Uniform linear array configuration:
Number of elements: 16
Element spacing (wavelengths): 0.5
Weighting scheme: exponential
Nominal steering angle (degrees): -60
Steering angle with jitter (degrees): -58.043
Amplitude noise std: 0.05
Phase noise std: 0.05

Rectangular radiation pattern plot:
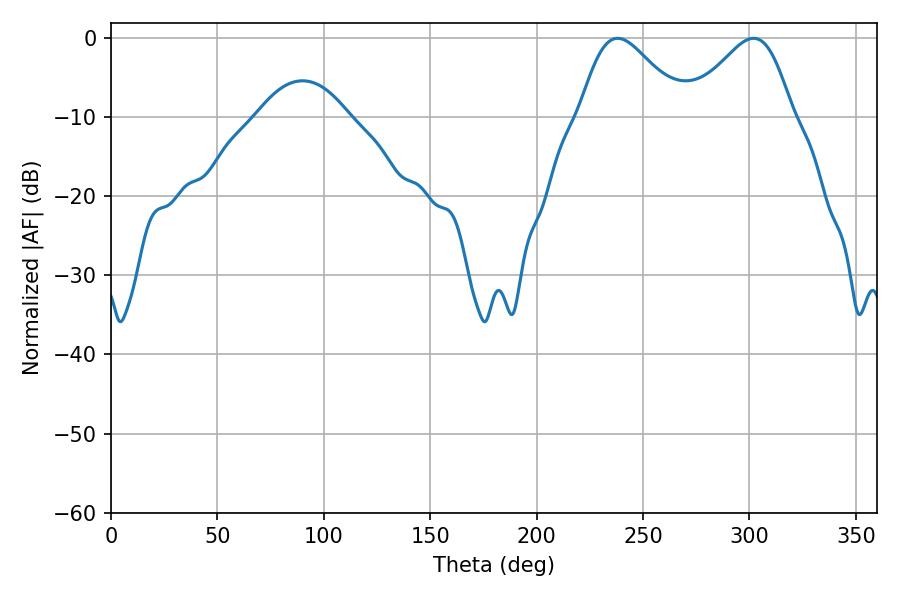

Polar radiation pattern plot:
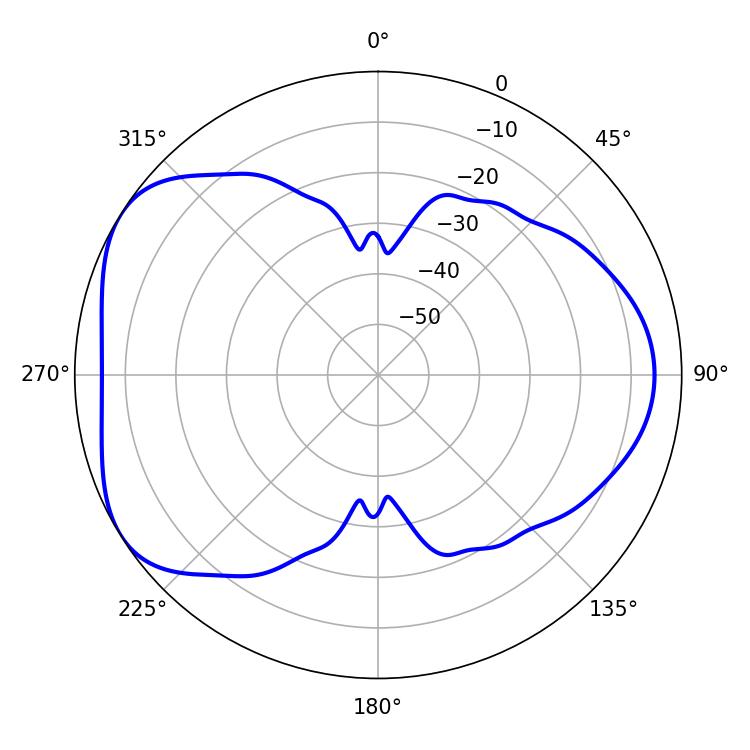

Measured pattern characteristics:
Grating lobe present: FALSE
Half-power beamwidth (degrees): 25.56
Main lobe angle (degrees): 238.14